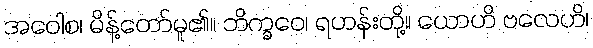
အဝေါစ၊ မိန့်တော်မူ၏။ ဘိက္ခဝေ၊ ရဟန်းတို့။ ယောဟိ ဗလေဟိ၊